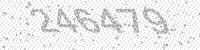
Solution: 246479